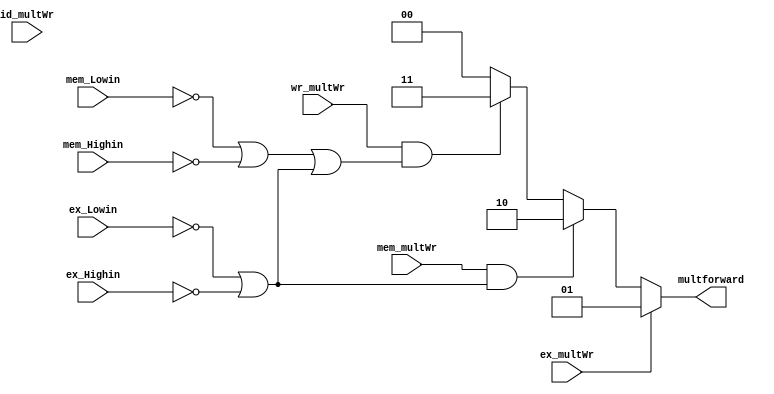
module multforward(id_multWr,ex_multWr,ex_Highin,ex_Lowin,mem_multWr,mem_Highin,mem_Lowin,wr_multWr,multforward);

input wire id_multWr,ex_multWr,mem_multWr,wr_multWr,ex_Highin,ex_Lowin,mem_Highin,mem_Lowin;
output reg[1:0] multforward;

initial begin
	multforward = 2'd0;
end

always@(*) begin
	if(ex_multWr == 1)
		multforward = 2'b01;
	else if(mem_multWr == 1&&(ex_Lowin!=1||ex_Highin!=1))
		multforward = 2'b10;
	else if(wr_multWr == 1&&((mem_Lowin!=1||mem_Highin!=1)||(ex_Lowin!=1||ex_Highin!=1)))
		multforward = 2'b11;
	else
		multforward = 2'b00;
end
endmodule